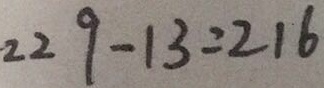
2 2 9 - 1 3 = 2 1 6